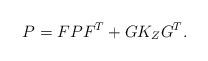
LaTeX: \begin{align*}P=F P F^T +G K_{Z} G^T. \end{align*}